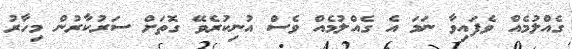
ގެއްލުމެއް ވެފައިވާ ނަމަ އެ ގެއްލުމެއް ވެސް އުނިކުރެވޭ ގޮތަށް ސަރުކާރުން މިހާރު